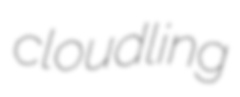
cloudling